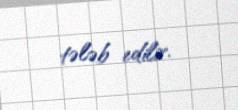
tələb edilir.